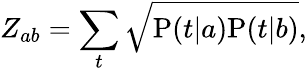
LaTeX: Z_{ab}=\sum_{t}\sqrt{\mathrm{P}(t|a)\mathrm{P}(t|b)},